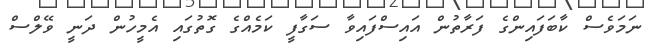
ނަމަވެސް ކާބަފައިންގެ ފަރާތުން އައިސްފައިވާ ސަގާފީ ކަމެއްގެ ގޮތުގައި އެމީހުން ދަނީ ވޭލްސް